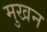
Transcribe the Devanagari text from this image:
मुखन